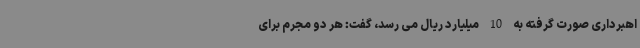
اهبرداری صورت گرفته به 10 میلیارد ریال می رسد، گفت: هر دو مجرم برای